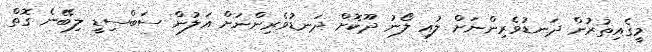
މީގެއިތުރުން ދަނޑުވެރިންނަށް ލުއި ލޯނު ދޫކޮށް ދަނޑުވެރިންނަށް އަލުން ސަބްސިޑީ ލިބޭނެ ގޮތް